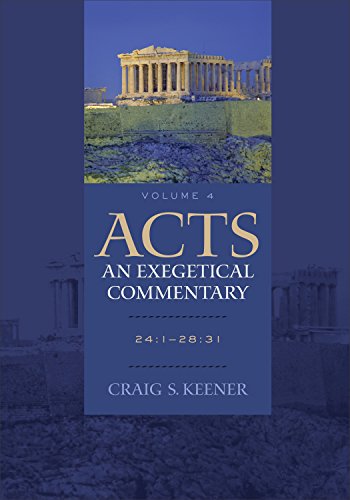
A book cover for Acts: An Exegetical Commentary: 24:1-28:31; Craig S. Keener; Christian Books & Bibles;